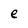
Character: e